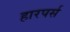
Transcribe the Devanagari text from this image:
हारपर्स